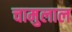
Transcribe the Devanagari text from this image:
चामुलाल